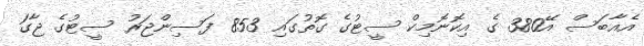
އެއާބަސް އޭ380 ގެ އިކޮނޮމިކް ސީޓުގެ ގޮތުގައި 853 ފަސިންޖަރު ސީޓުގެ ޖާގަ